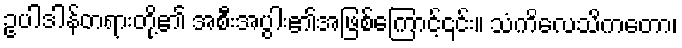
ဥပါဒါန်တရားတို့၏ အစီးအပွါး၏အဖြစ်ကြောင့်၎င်း။ သံကိလေသိကတော၊